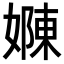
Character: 𭒜